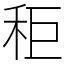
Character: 秬